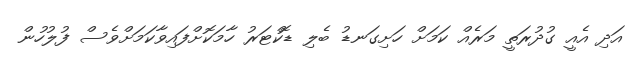
އަދި އެއީ ގުދުރަތީ މަރެއް ކަމަށް ހަށިގަނޑު ބެލި ޑޮކްޓަރު ހާމަކޮށްފައިވާކަމަށްވެސް ފުލުހުން